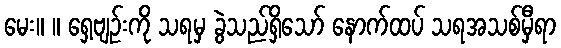
မေး။ ။ ရှေ့ဗျဉ်းကို သရမှ ခွဲသည်ရှိသော် နောက်ထပ် သရအသစ်မှီရာ